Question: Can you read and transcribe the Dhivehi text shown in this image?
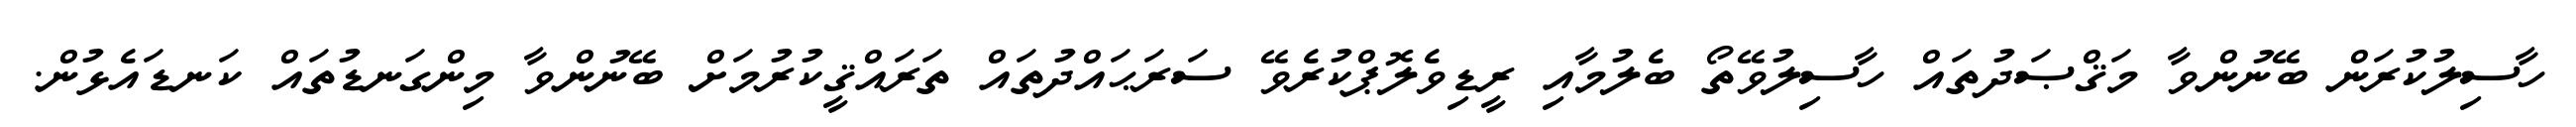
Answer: ހާސިލުކުރަން ބޭނުންވާ މަޤްޞަދުތައް ހާސިލުވޭތޯ ބެލުމާއި ރީޑިވެލޮޕްކުރެވޭ ސަރަޙައްދުތައް ތަރައްޤީކުރުމަށް ބޭނުންވާ މިންގަނޑުތައް ކަނޑައެޅުން.